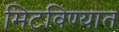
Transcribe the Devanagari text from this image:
मिटविण्यात